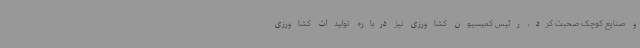
و صنایع کوچک صحبت کرد، رئیس کمیسیون کشاورزی نیز درباره تولیدات کشاورزی